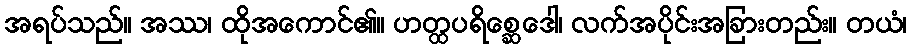
အရပ်သည်။ အဿ၊ ထိုအကောင်၏။ ဟတ္ထပရိစ္ဆေဒေါ၊ လက်အပိုင်းအခြားတည်း။ တယံ၊